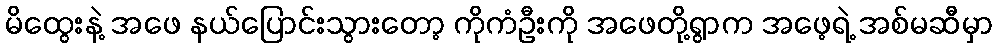
မိထွေးနဲ့ အဖေ နယ်ပြောင်းသွားတော့ ကိုကံဦးကို အဖေတို့ရွာက အဖေ့ရဲ့ အစ်မဆီမှာ